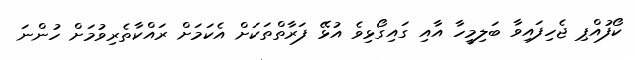
ކޯފުއްޕި ޖެހިފައިވާ ބަލިމީހާ އާއި ގައިގޯޅިވެ އުޅޭ ފަރާތްތަކަށް އެކަމަށް ރައްކާތެރިވުމަށް ހުންނަ